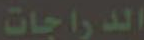
الدراجات